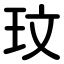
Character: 玟